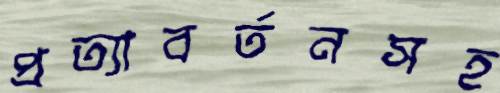
প্রত্যাবর্তনসহ